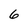
Character: 6